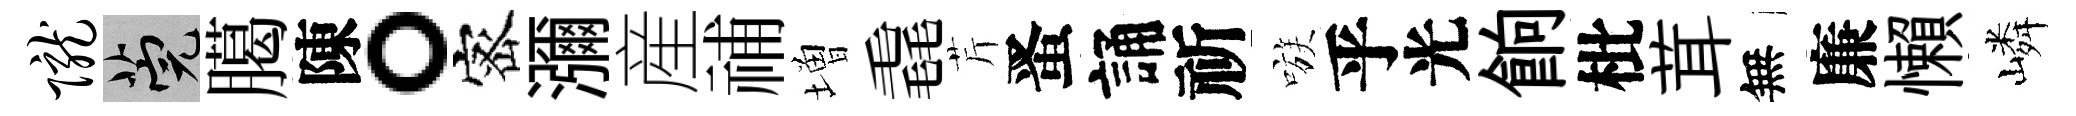
陇筦臈陳。宻瀰産𥙷増毳芹󱉠誦祈嗾乎光餉枇茸無廉懶嶙